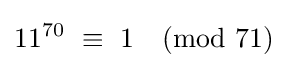
11^{70}\ \equiv \ 1{\pmod {71}}